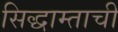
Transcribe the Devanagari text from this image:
सिद्धाम्ताची